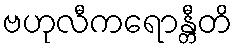
ဗဟုလီကရောန္တီတိ